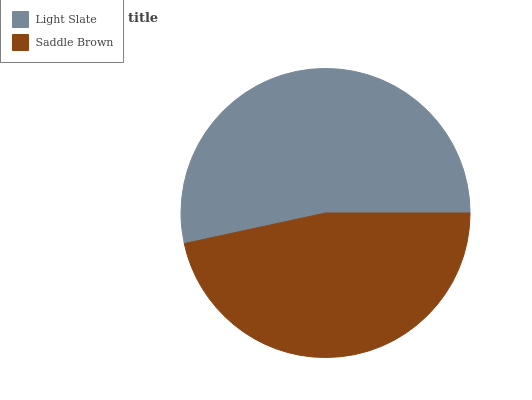
| Light Slate | Saddle Brown |
 | --- | --- |
 | 53.3% | 46.7% |